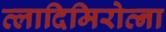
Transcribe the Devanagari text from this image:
व्लादिमिरोव्ना